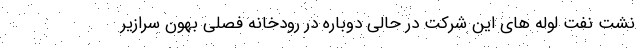
نشت نفت لوله های این شرکت در حالی دوباره در رودخانه فصلی بهون سرازیر